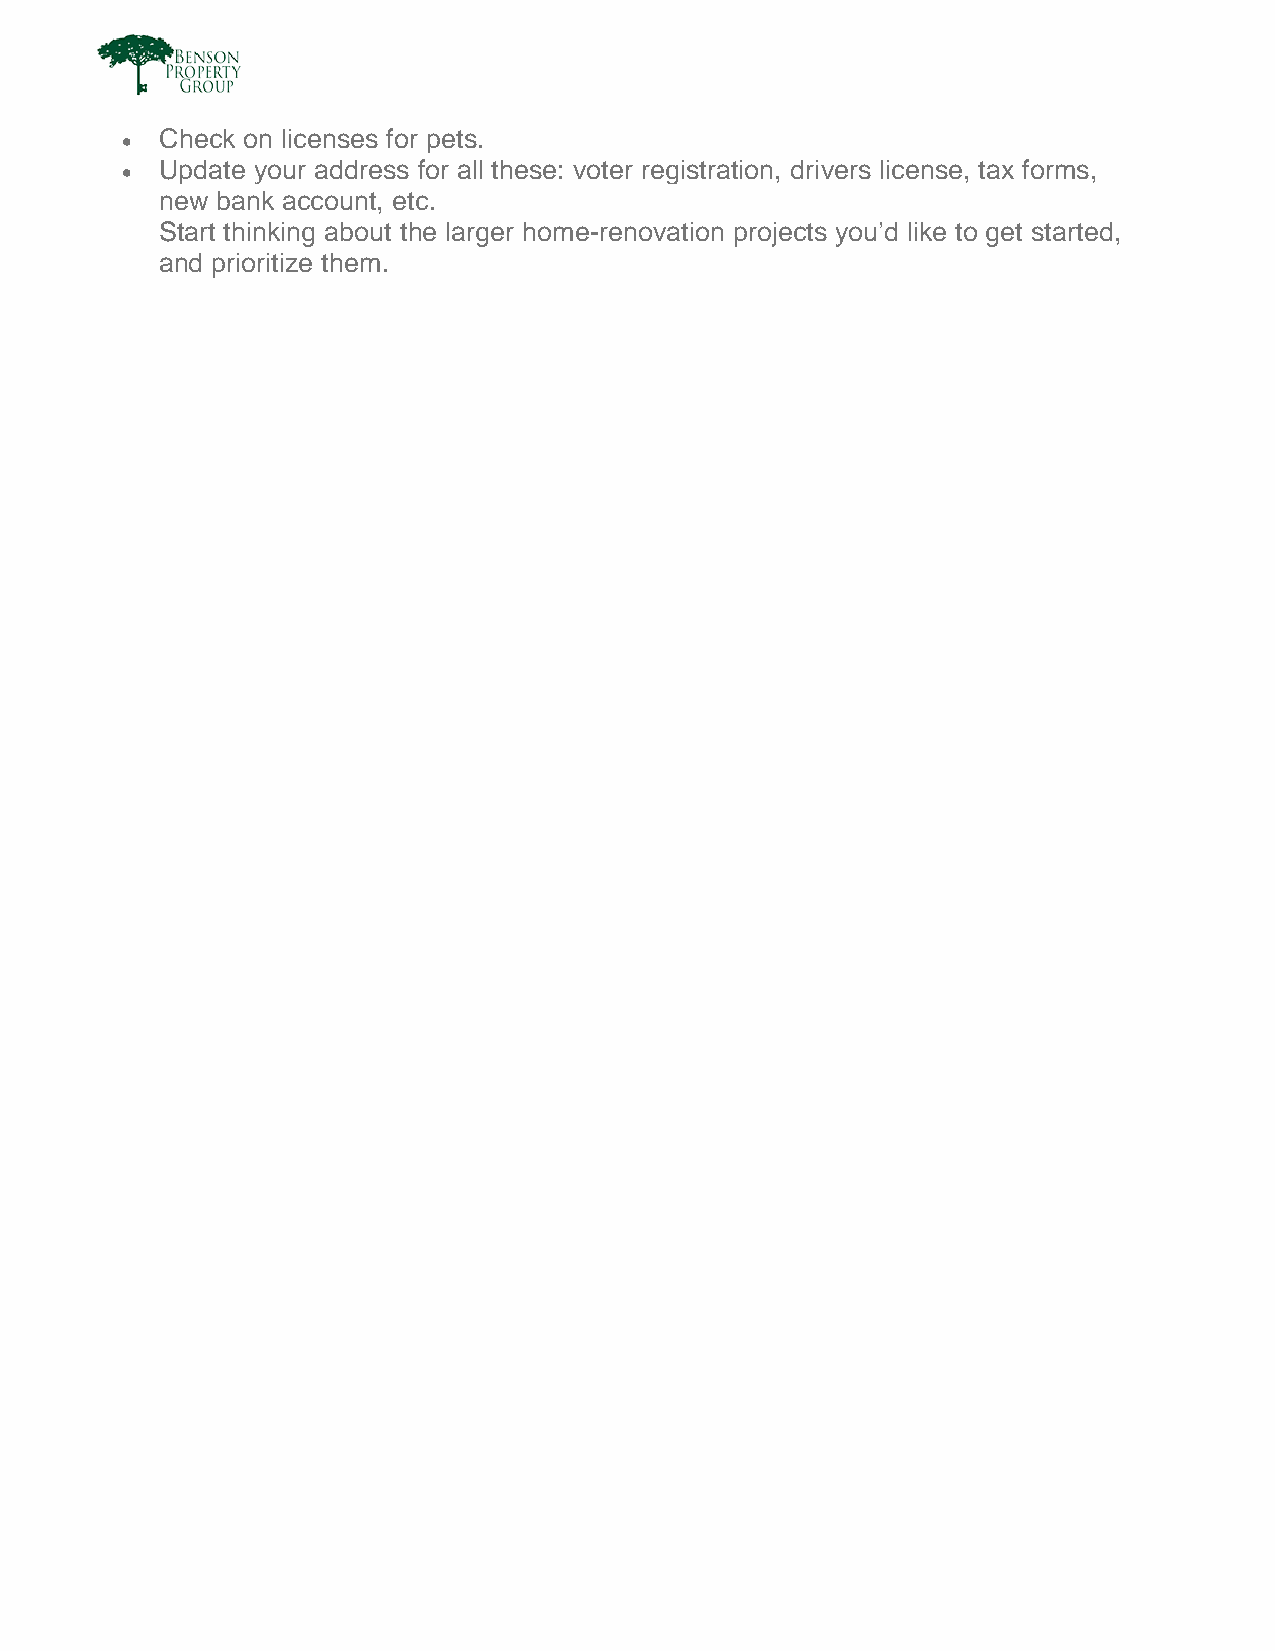
•  Check on licenses for pets.
 •  Update your address for all these: voter registration, drivers license, tax forms,
 new bank account, etc.
 Start thinking about the larger home-renovation projects you’d like to get started,
 and prioritize them.